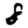
Digit: 8